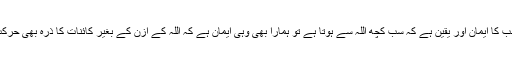
اگر مولانا سعد صاحب کا ایمان اور یقین ہے کہ سب کچھ اللہ سے ہوتا ہے تو ہمارا بھی وہی ایمان ہے کہ اللہ کے ازن کے بغیر کائنات کا ذرہ بھی حرکت نہیں کر سکتا ہے۔